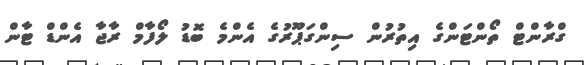
ގްރާންޓް ތޯންޓަންގެ އިތުރުން ސިންގަޕޫރުގެ އެންމެ ބޮޑު ލޯފާމް ރާޖާ އެންޑް ޓާން